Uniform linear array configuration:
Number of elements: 4
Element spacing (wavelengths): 1
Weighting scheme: hann
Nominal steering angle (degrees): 45
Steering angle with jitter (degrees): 46.183
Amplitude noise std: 0.05
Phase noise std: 0.05

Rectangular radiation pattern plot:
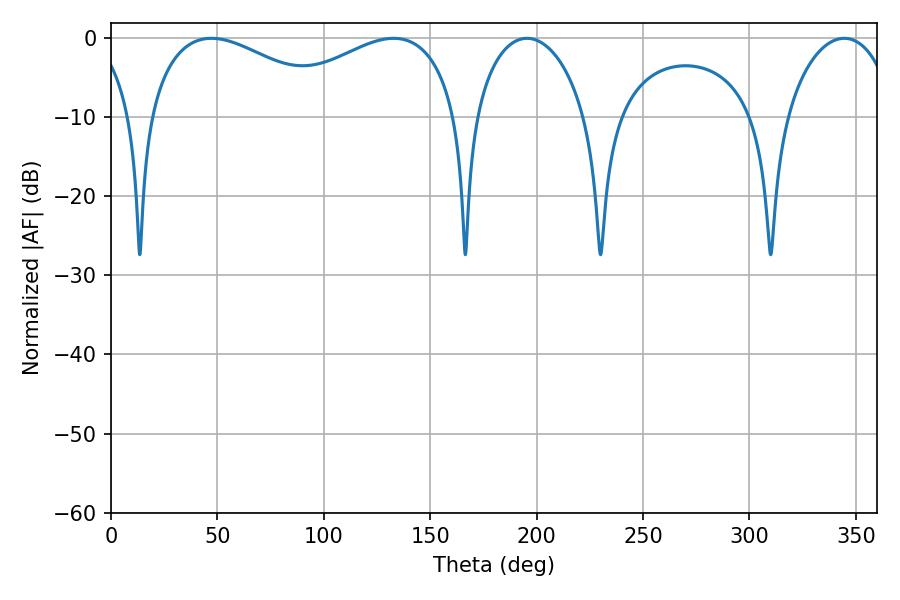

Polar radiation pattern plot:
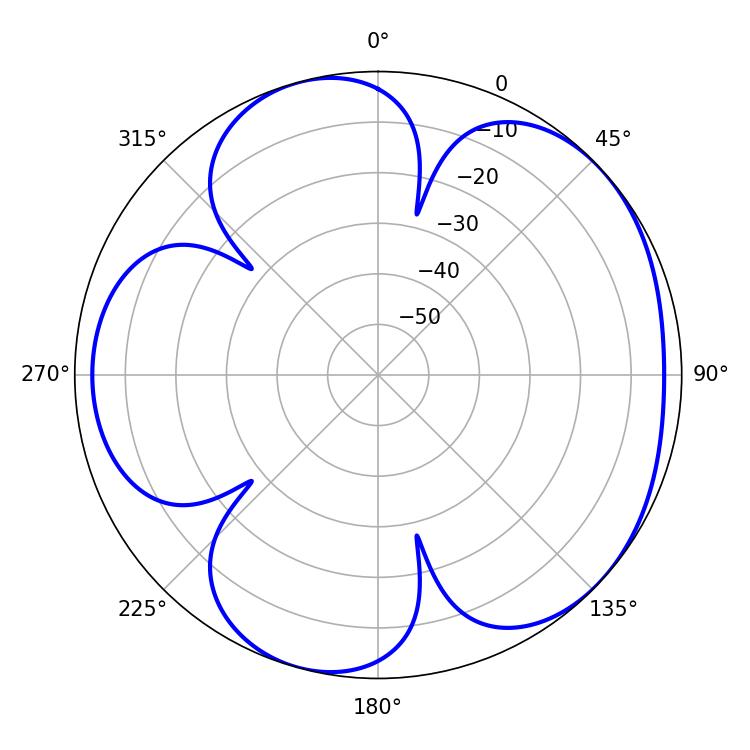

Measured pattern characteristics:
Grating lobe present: TRUE
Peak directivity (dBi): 4.799
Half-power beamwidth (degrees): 50.58
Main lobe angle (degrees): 47.16